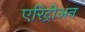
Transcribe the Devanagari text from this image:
एरिट्रीअन